Annual report of the Punjab Veterinary College and of the Civil Veterinary Department, Punjab - 1920-1925
Year: 1920
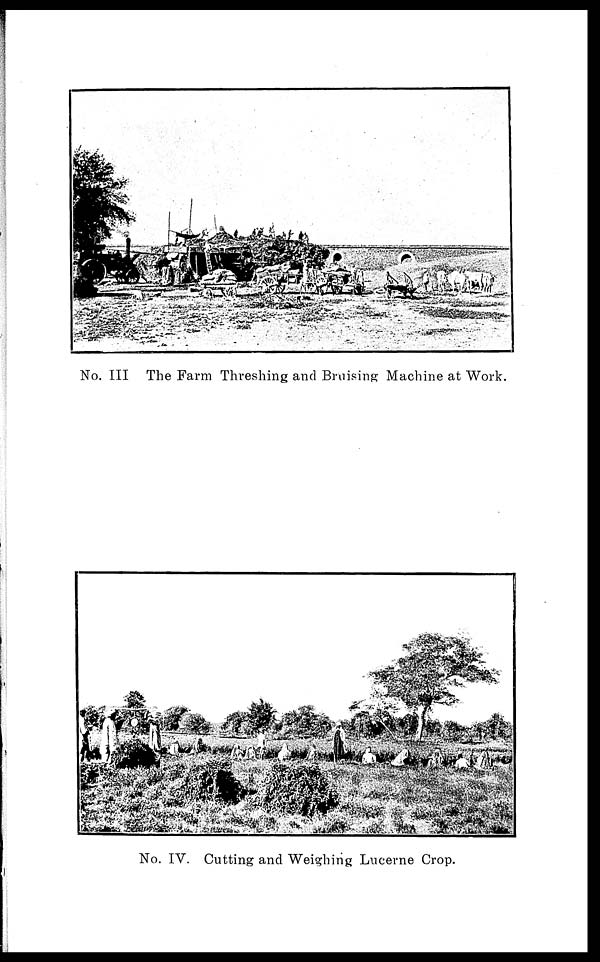
No. III The Farm Threshing and Bruising Machine at Work.
No. IV. Cutting and Weighing Lucerne Crop.